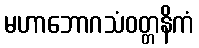
မဟာဘောဂသံဝတ္တနိကံ